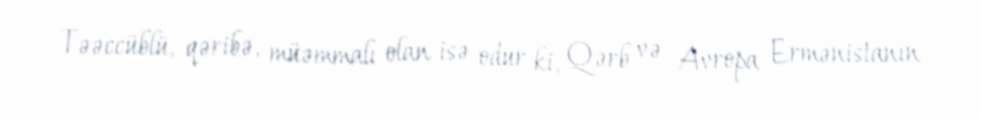
Təəccüblü, qəribə, müəmmalı olan isə odur ki, Qərb və Avropa Ermənistanın